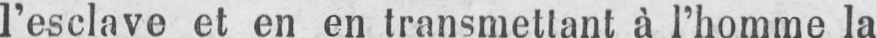
l’esclave et en en transmettant à l’homme la